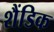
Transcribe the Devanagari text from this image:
शैंडिक